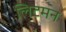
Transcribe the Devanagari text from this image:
लिटमन